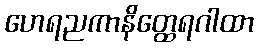
ဟေရညကာနိတ္ထေရဂါထာ